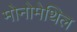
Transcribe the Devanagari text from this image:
मोनोमेथिल